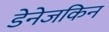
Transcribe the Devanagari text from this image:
डेनेजकिन